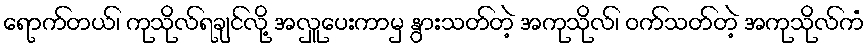
ရောက်တယ်၊ ကုသိုလ်ရချင်လို့ အလှူပေးကာမှ နွားသတ်တဲ့ အကုသိုလ်၊ ဝက်သတ်တဲ့ အကုသိုလ်ကံ